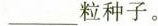
___粒种子。